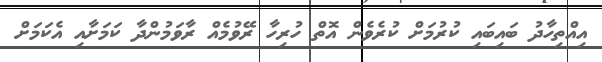
އިއްތިހާދު ބައިބައި ކުރުމަށް ކުރެވެން އޮތް ހުރިހާ ރޭވުމެއް ރާވަމުންދާ ކަމަށާއި އެކަމަށް